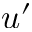
u ^ { \prime }